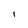
Character: l